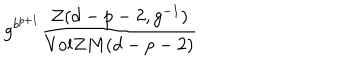
LaTeX: g ^ { b ^ { p + 1 } } \frac { { \cal { Z } } ( d - p - 2 , g ^ { - 1 } ) } { \mathrm { V o l } Z M ( d - p - 2 ) }